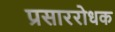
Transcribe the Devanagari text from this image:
प्रसाररोधक